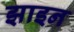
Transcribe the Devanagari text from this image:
झाइन